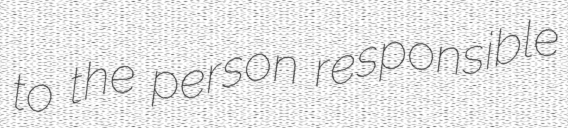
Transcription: to the person responsible